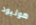
هوليود